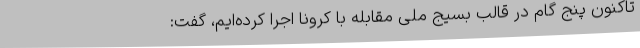
تاکنون پنج گام در قالب بسیج ملی مقابله با کرونا اجرا کرده‌ایم، گفت: